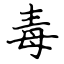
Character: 毒